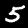
Label: 5